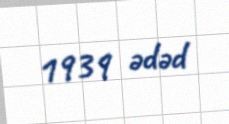
1939 ədəd